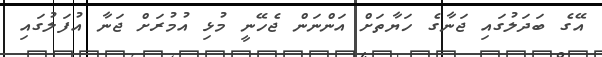
އޭގެ ބަދަލުގައި ޖަނާގެ ހަޔާތަށް އަންނަން ޖެހޭނީ މުޅި އުމުރަށް ޖަނާ އުފަލުގައި